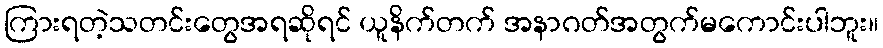
ကြားရတဲ့သတင်းတွေအရဆိုရင် ယူနိက်တက် အနာဂတ်အတွက်မကောင်းပါဘူး။